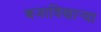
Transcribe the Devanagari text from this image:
बजाविणार्‍या